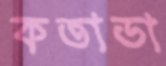
কতাডা